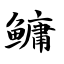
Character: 鳙